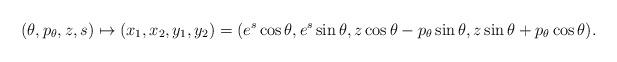
LaTeX: \begin{align*}(\theta, p_\theta, z, s)\mapsto (x_1, x_2, y_1, y_2)=(e^s\cos\theta, e^s\sin\theta, z\cos\theta-p_\theta\sin\theta, z\sin\theta+p_\theta\cos\theta).\end{align*}